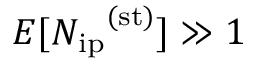
E [ { N _ { \mathrm { i p } } } ^ { \mathrm { ( s t ) } } ] \gg 1